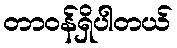
တာဝန်ရှိပါတယ်